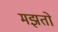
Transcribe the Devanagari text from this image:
मझतो